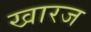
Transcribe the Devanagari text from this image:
खारज